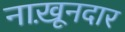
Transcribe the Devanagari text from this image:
नाख़ूनदार